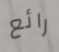
رائع